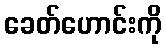
ခေတ်ဟောင်းကို